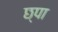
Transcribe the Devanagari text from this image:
छ्पा